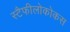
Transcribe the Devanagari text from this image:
स्टैफीलोकोकस